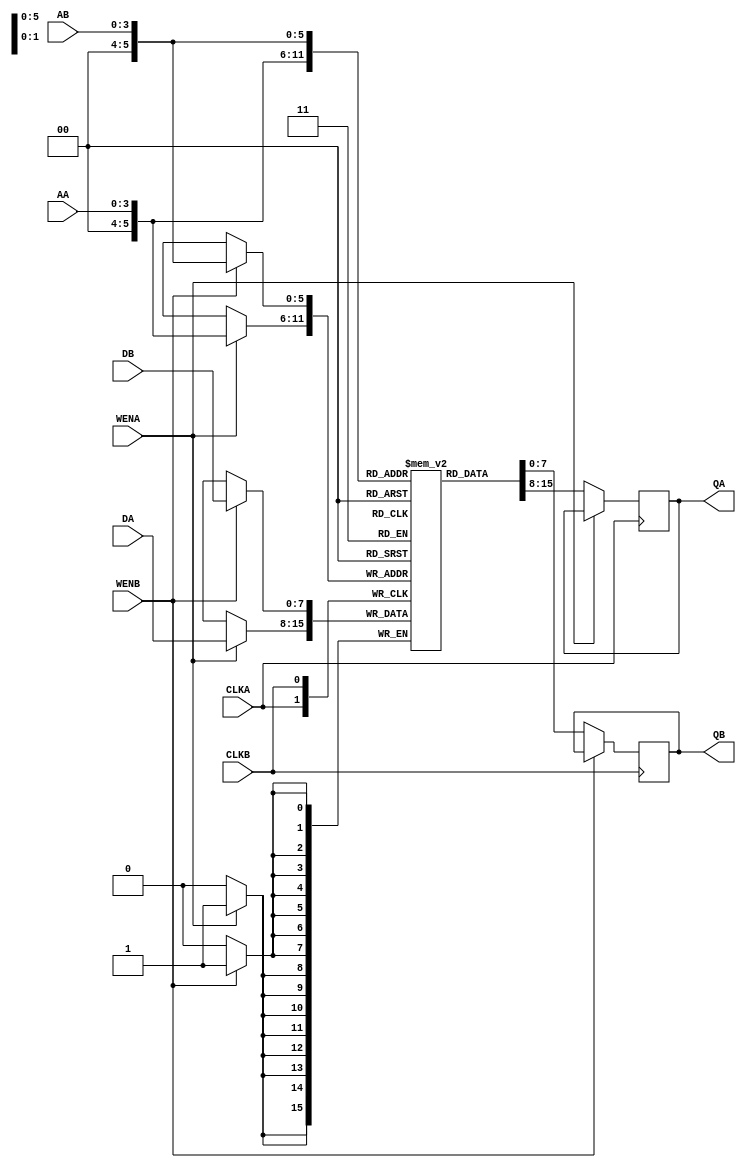
module dual_port_ram(QA,QB,DA,DB,CLKA,CLKB,AA,AB,WENA,WENB);
  parameter Addr_Width = 4;
  parameter Data_Width = 8;
  
  input CLKA,CLKB,WENA,WENB;
  input [Addr_Width-1:0] AA,AB;
  input [Data_Width-1:0] DA,DB;
  output reg [Data_Width-1:0] QA,QB;
  
  parameter Width = 8;
  parameter Depth = 32;
  
  reg [Width-1:0] mem [Depth:0];
  
  always @(posedge CLKA)
    begin
      if (WENA)
        mem[AA] <= DA;
      else
        QA <= mem[AA];
    end
  
  always @(posedge CLKB)
    begin
      if (WENB)
        mem[AB] <= DB;
      else
        QB <= mem[AB];
    end
endmodule